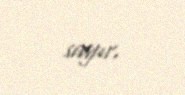
sayır.